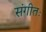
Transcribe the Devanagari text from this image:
संगीतः